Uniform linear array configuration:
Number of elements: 32
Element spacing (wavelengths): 0.75
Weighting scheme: blackman
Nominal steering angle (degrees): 15
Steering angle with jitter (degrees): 16.546
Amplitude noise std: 0.05
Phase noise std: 0.05

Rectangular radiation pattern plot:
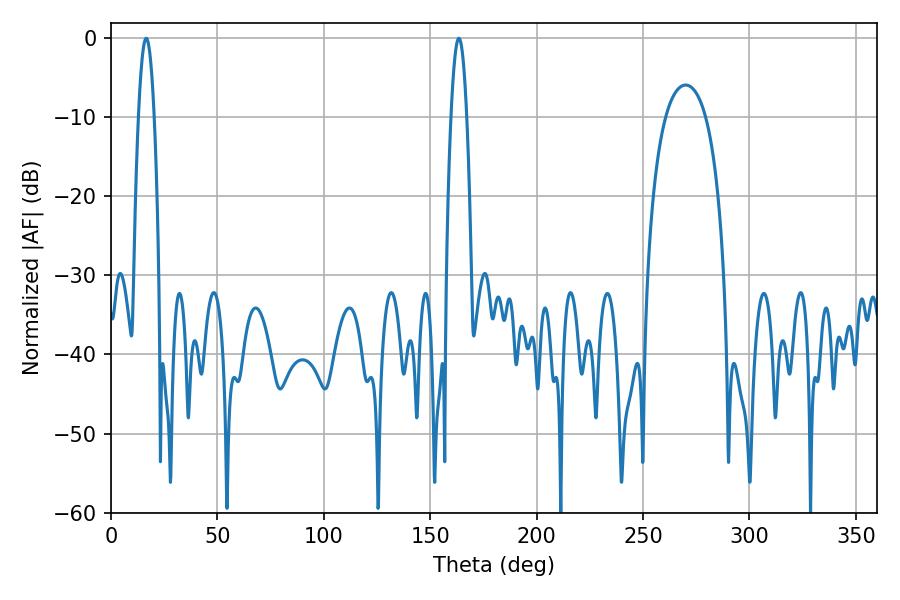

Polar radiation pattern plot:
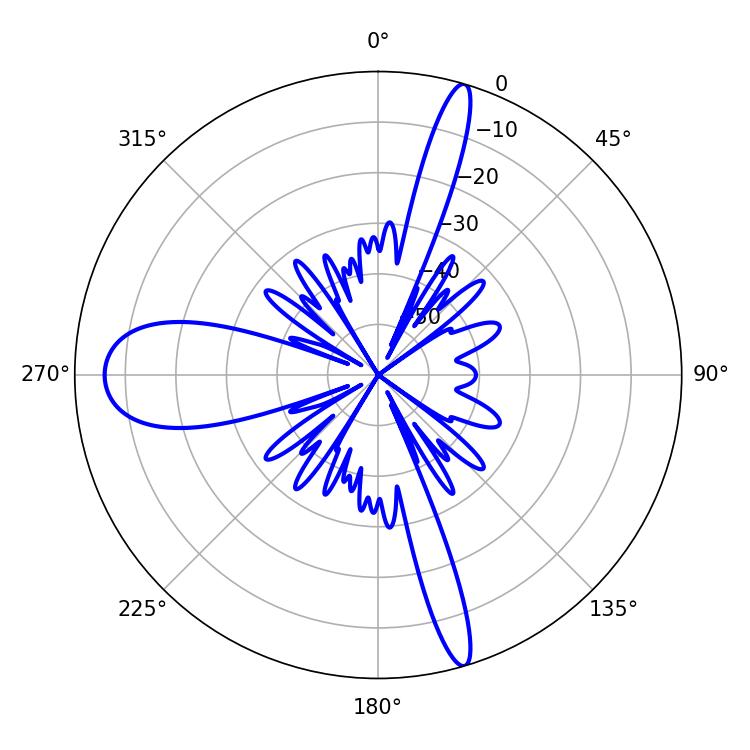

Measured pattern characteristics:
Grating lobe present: TRUE
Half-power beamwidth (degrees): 3.96
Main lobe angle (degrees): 16.56